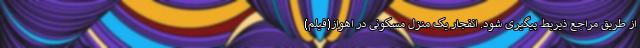
از طریق مراجع ذیربط پیگیری شود. انفجار یک منزل مسکونی در اهواز(فیلم)